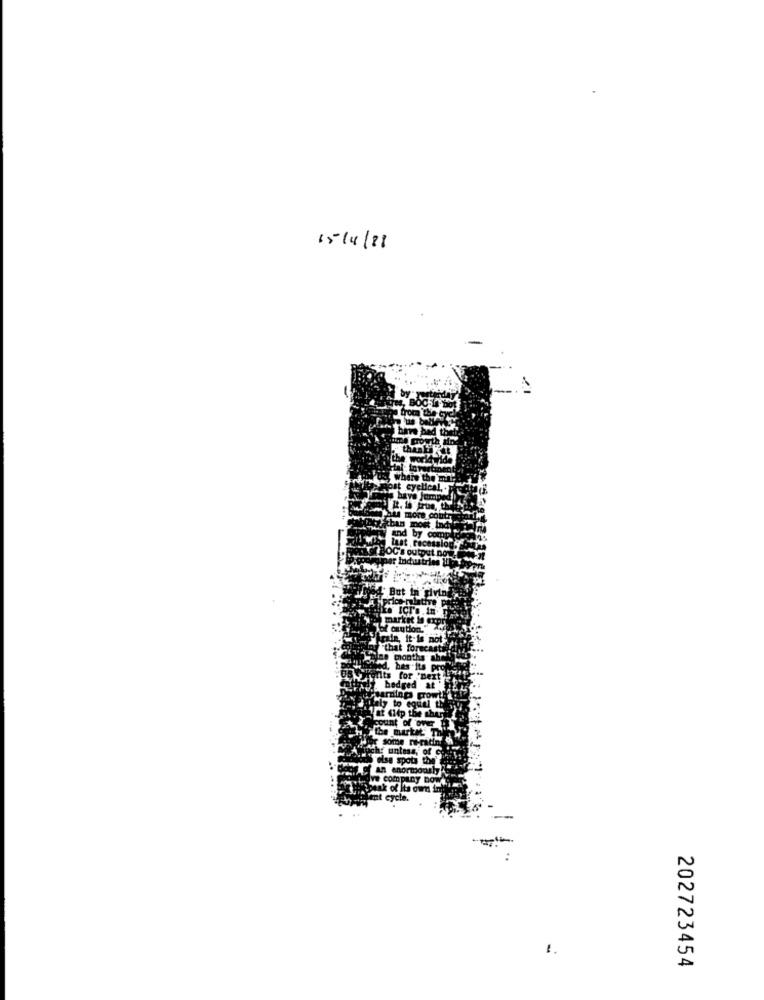
15/4/81
t the'
202723454